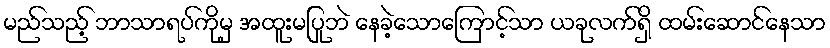
မည်သည့် ဘာသာရပ်ကိုမှ အထူးမပြုဘဲ နေခဲ့သောကြောင့်သာ ယခုလက်ရှိ ထမ်းဆောင်နေသာ